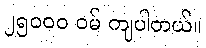
၂၅၀၀၀ ဝမ် ကျပါတယ်။